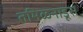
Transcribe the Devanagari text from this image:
तमिळनाडूस